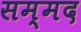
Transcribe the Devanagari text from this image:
सम्मद